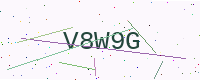
Text: V8W9G